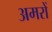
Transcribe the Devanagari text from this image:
अमरों